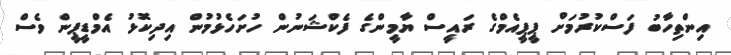
އިންތިހާބު ފަސްކުރުމަށް ޕީޕީއެމްގެ ރައީސް ޔާމީންގެ ފެކްޝަނުން ހުށަހެޅުމުން އިދިކޮޅު އެމްޑީޕީން ވެސް